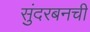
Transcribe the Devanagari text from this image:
सुंदरबनची